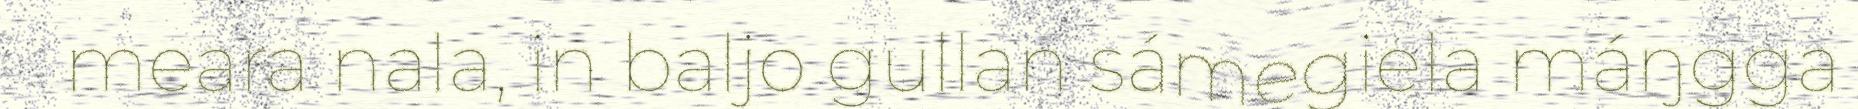
meara nala, in baljo gullan sámegiela máŋgga